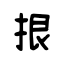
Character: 拫